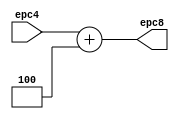
`timescale 1ns / 1ps
//////////////////////////////////////////////////////////////////////////////////
// Company: 
// Engineer: 
// 
// Design Name: 
// Module Name: epc_adder
// Project Name: 
// Target Devices: 
// Tool Versions: 
// Description: 
// 
// Dependencies: 
// 
// Revision:
// Revision 0.01 - File Created
// Additional Comments:
// 
//////////////////////////////////////////////////////////////////////////////////


module epc_adder(
input [31:0] epc4,
output reg [31:0] epc8
    );
    always@(*)
    begin
        epc8 = epc4+32'd4;
    end
endmodule